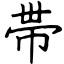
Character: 帯